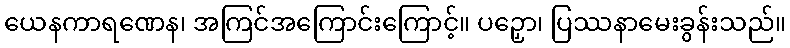
ယေနကာရဏေန၊ အကြင်အကြောင်းကြောင့်။ ပဉှော၊ ပြဿနာမေးခွန်းသည်။